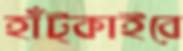
হাঁট্‌কাইবে